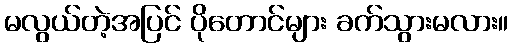
မလွယ်တဲ့အပြင် ပိုတောင်များ ခက်သွားမလား။